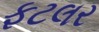
ફટલર